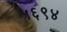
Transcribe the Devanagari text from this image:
५६९४